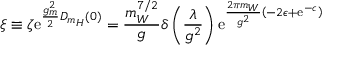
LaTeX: \xi \equiv \zeta \mathrm { e } ^ { \frac { g _ { m } ^ { 2 } } { 2 } D _ { m _ { H } } ( 0 ) } = \frac { m _ { W } ^ { 7 / 2 } } { g } \delta \left( \frac { \lambda } { g ^ { 2 } } \right) \mathrm { e } ^ { \frac { 2 \pi m _ { W } } { g ^ { 2 } } \left( - 2 \epsilon + \mathrm { e } ^ { - c } \right) }